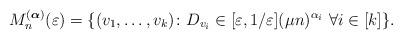
LaTeX: \begin{align*} M_n^{(\boldsymbol{\alpha})}(\varepsilon)=\{ ({v_1,\ldots, v_k})\colon D_{{v_i}}\in[\varepsilon,1/\varepsilon] (\mu n) ^{\alpha_i}\ \forall i\in[k] \}. \end{align*}